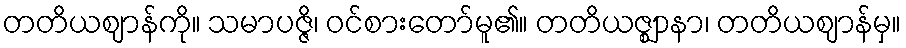
တတိယဈာန်ကို။ သမာပဇ္ဇိ၊ ဝင်စားတော်မူ၏။ တတိယဇ္ဈာနာ၊ တတိယဈာန်မှ။